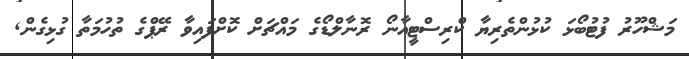
މަޝްހޫރު ފުޓުބޯޅަ ކުޅުންތެރިޔާ ކްރިސްޓީއާނޯ ރޮނާލްޑޯގެ މައްޗަށް ކޮށްފައިވާ ރޭޕްގެ ތުހުމަތާ ގުޅިގެން